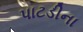
પાટડીના